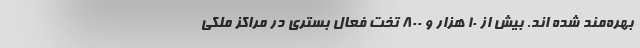
بهره‌مند شده اند. بیش از ۱۰ هزار و ۸۰۰ تخت فعال بستری در مراكز ملكي